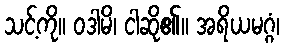
သင့်ကို။ ဝဒါမိ၊ ငါဆို၏။ အရိယမဂ္ဂံ၊